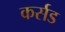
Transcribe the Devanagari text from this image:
कर्सड